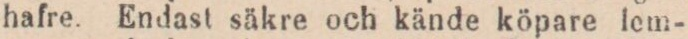
hafre. Endast säkre och kände köpare lem-